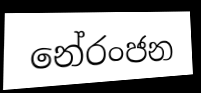
නේරංජන